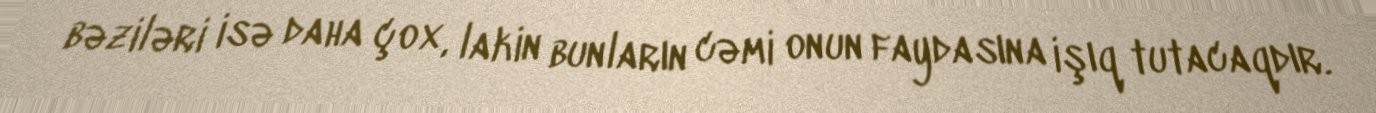
bəziləri isə daha çox, lakin bunların cəmi onun faydasına işıq tutacaqdır.